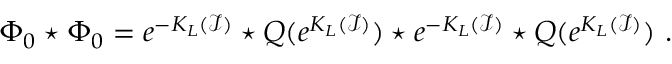
\Phi _ { 0 } \star \Phi _ { 0 } = e ^ { - K _ { L } ( \mathcal { I } ) } \star Q ( e ^ { K _ { L } ( \mathcal { I } ) } ) \star e ^ { - K _ { L } ( \mathcal { I } ) } \star Q ( e ^ { K _ { L } ( \mathcal { I } ) } ) \ .